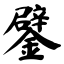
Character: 鐾